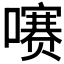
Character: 𫬐